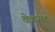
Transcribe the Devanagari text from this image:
क्षेत्रासह